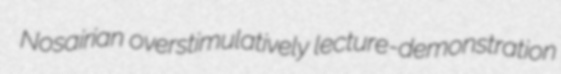
Nosairian overstimulatively lecture-demonstration